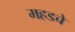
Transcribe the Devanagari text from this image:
महडचे